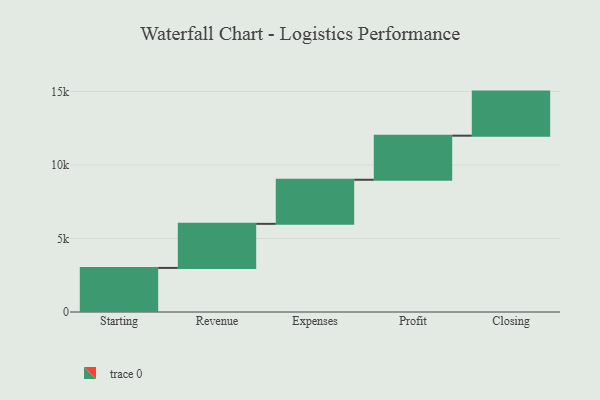
{"axis": {"x": "Step", "y": "Value"}, "legend": [""], "data": [{"x": "Starting", "y": 3000, "type": ""}, {"x": "Revenue", "y": 3000, "type": ""}, {"x": "Expenses", "y": 3000, "type": ""}, {"x": "Profit", "y": 3000, "type": ""}, {"x": "Closing", "y": 3000, "type": ""}]}